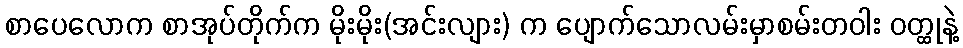
စာပေလောက စာအုပ်တိုက်က မိုးမိုး(အင်းလျား) က ပျောက်သောလမ်းမှာစမ်းတဝါး ဝတ္ထုနဲ့